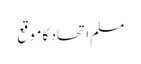
مسلم اتحاد کا موقع